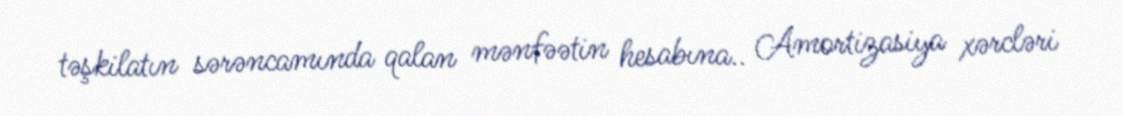
təşkilatın sərəncamında qalan mənfəətin hesabına.. Amortizasiya xərcləri